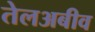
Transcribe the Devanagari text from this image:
तेलअबीव